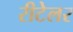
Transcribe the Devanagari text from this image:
रीटेलर